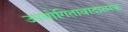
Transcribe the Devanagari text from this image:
उपयोगितावादात्मक